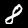
Digit: 8